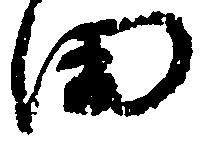
田